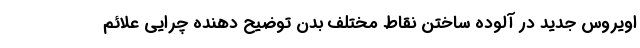
اویروس جدید در آلوده ساختن نقاط مختلف بدن توضیح دهنده چرایی علائم